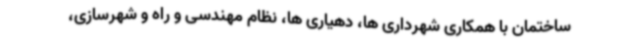
ساختمان با همکاری شهرداری ها، دهیاری ها، نظام مهندسی و راه و شهرسازی،